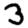
Digit: 3